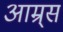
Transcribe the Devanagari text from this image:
आम्र्स